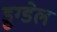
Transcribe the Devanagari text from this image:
डुग्डेल